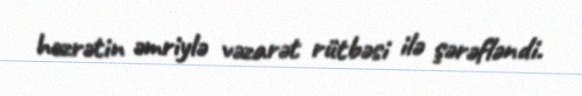
həzrətin əmriylə vəzarət rütbəsi ilə şərəfləndi.